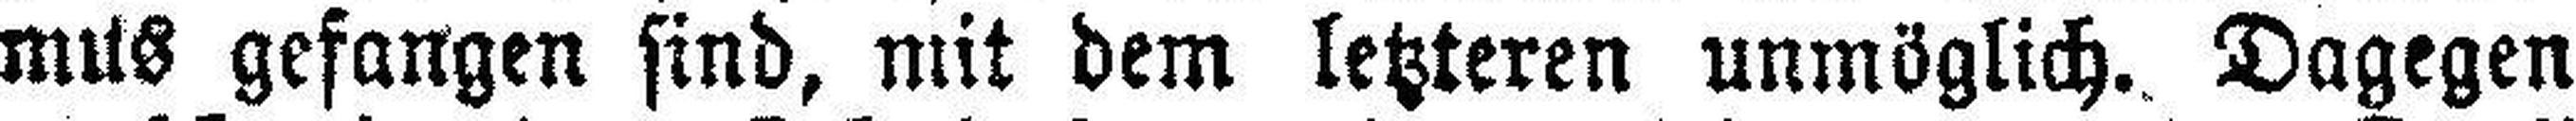
mus gefangen sind, mit dem letzteren unmöglich. Dagegen